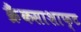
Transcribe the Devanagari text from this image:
क्रैंकसाशाफ्ट